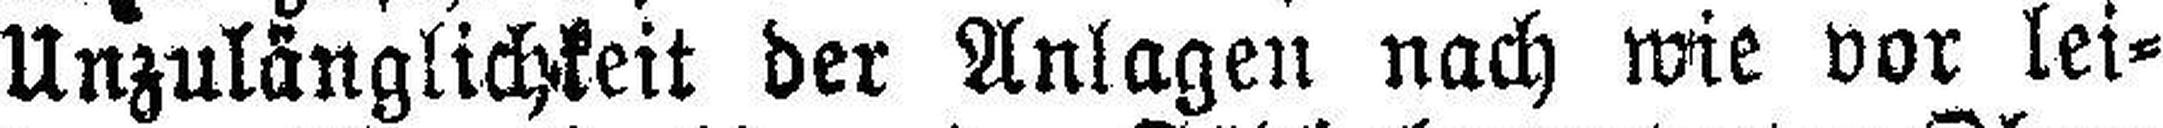
Unzulänglichkeit der Anlagen nach wie vor lei¬